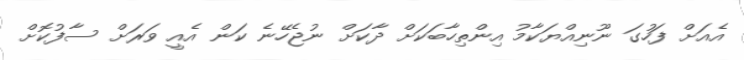
އެއަށް ފަހުގަ ނޫނިއްޔަކާމު އިންތިހާބަކަށް ދާކަށް ނުޖެހޭނެ ކަން އެއީ ވަރަށް ސާފުކޮށް